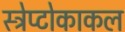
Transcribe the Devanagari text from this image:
स्ट्रेप्टोकाकल